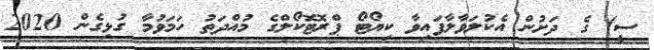
ސީ) ގެ ދަށުން އެކުލަވާލާފައިވާ ކިޔޯޓޯ ޕްރޮޓޮކޯލްގެ މުއްދަތު ހަމަވުމާ ގުޅިގެން 2020